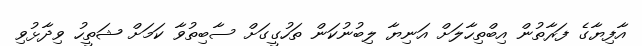
އާފިޔާގެ ފަރާތުން އިބްތިހާލަށް އަނިޔާ ލިބުނުކަން ތަހުގީގަށް ސާބިތުވާ ކަމަށް ޝަތީހު ވިދާޅުވި